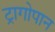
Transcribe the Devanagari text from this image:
ट्रागोपान